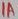
Text: 1A